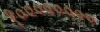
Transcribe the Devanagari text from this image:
१००००००००